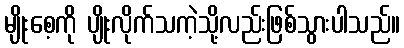
မျိုးစေ့ကို ပျိုးလိုက်သကဲ့သို့လည်းဖြစ်သွားပါသည်။